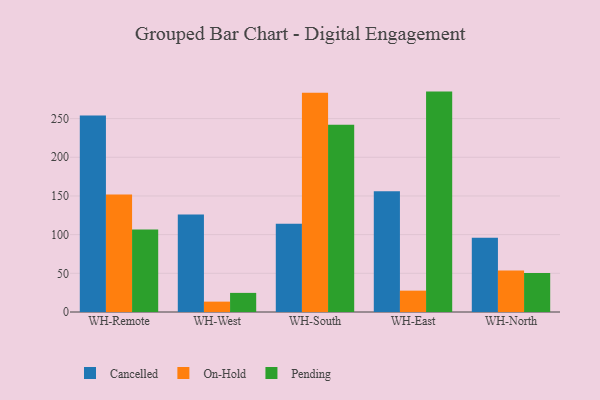
{"axis": {"x": "Warehouse", "y": "Customer Acquisition Cost (USD)"}, "legend": ["Cancelled", "On-Hold", "Pending"], "data": [{"x": "WH-Remote", "y": 254.1, "type": "Cancelled"}, {"x": "WH-Remote", "y": 152.0, "type": "On-Hold"}, {"x": "WH-Remote", "y": 106.7, "type": "Pending"}, {"x": "WH-West", "y": 126.0, "type": "Cancelled"}, {"x": "WH-West", "y": 13.4, "type": "On-Hold"}, {"x": "WH-West", "y": 24.7, "type": "Pending"}, {"x": "WH-South", "y": 114.1, "type": "Cancelled"}, {"x": "WH-South", "y": 283.4, "type": "On-Hold"}, {"x": "WH-South", "y": 242.0, "type": "Pending"}, {"x": "WH-East", "y": 156.2, "type": "Cancelled"}, {"x": "WH-East", "y": 27.6, "type": "On-Hold"}, {"x": "WH-East", "y": 284.9, "type": "Pending"}, {"x": "WH-North", "y": 96.1, "type": "Cancelled"}, {"x": "WH-North", "y": 53.7, "type": "On-Hold"}, {"x": "WH-North", "y": 50.5, "type": "Pending"}]}